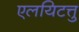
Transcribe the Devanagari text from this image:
एलयिटत्तु